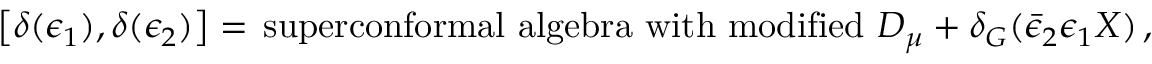
\left[ \delta ( \epsilon _ { 1 } ) , \delta ( \epsilon _ { 2 } ) \right] = \, \mathrm { s u p e r c o n f o r m a l ~ a l g e b r a ~ w i t h ~ m o d i f i e d ~ } D _ { \mu } + \delta _ { G } ( \bar { \epsilon } _ { 2 } \epsilon _ { 1 } X ) \, ,